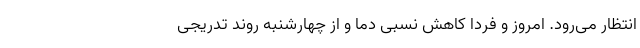
انتظار می‌رود. امروز و فردا کاهش نسبی دما و از چهارشنبه روند تدریجی